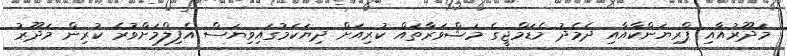
މަދޫރުއާއި ޕްރިޔަންކާއާއި ދެމެދު މެޑަމްޖީގެ މަޝްވަރާތައް ކުރިއަށް ދިޔަކަމުގައިވިޔަސް އެފިލްމަށްވުރެ ކުރިން މަދޫރު